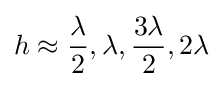
h\approx {\lambda  \over 2},\lambda ,{3\lambda  \over 2},2\lambda